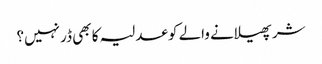
شر پھیلانے والے کو عدلیہ کا بھی ڈر نہیں؟